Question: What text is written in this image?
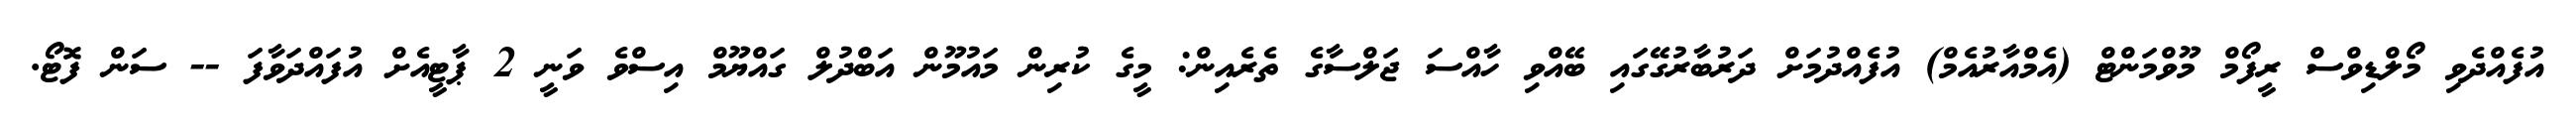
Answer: އުފެއްދެވި މޯލްޑިވްސް ރީފޯމް މޫވްމަންޓް (އެމްއާރުއެމް) އުފެއްދުމަށް ދަރުބާރުގޭގައި ބޭއްވި ހާއްސަ ޖަލްސާގެ ތެރެއިން: މީގެ ކުރިން މައުމޫން އަބްދުލް ގައްޔޫމް އިސްވެ ވަނީ 2 ޕާޓީއެށް އުފައްދަވާފަ -- ސަން ފޮޓޯ.